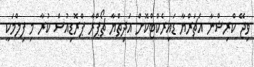
ވިޖޭ ކްރިޝްނާ އަޗަރްޔާ ޑައިރެކްޓްކޮށް އަދިތްޔާ ޗޯޕްރާ ޕްރޮޑިއުސް ކުރާ މި ފިލްމަކީ